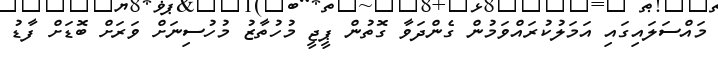
މައްސަލައިގައި އަމަލުކުރައްވަމުން ގެންދަވާ ގޮތުން ޕީޖީ މުހުތާޒު މުހުސިނަށް ވަރަށް ބޮޑަށް ފާޑު